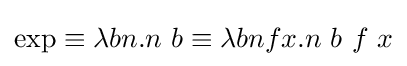
\operatorname {exp} \equiv \lambda bn.n\ b\equiv \lambda bnfx.n\ b\ f\ x